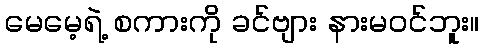
မေမေ့ရဲ့ စကားကို ခင်ဗျား နားမဝင်ဘူး။